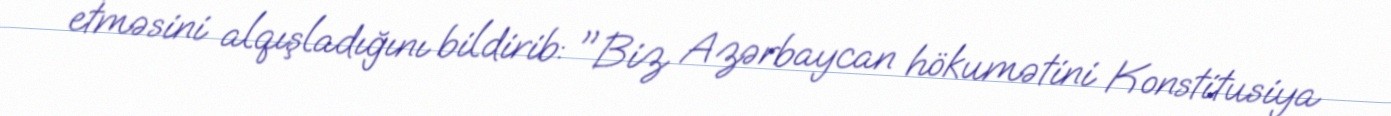
etməsini alqışladığını bildirib: "Biz Azərbaycan hökumətini Konstitusiya